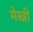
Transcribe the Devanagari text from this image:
मेस्‍त्री